Report on sanitation, dispensaries, and jails in Rajputana for 1917, and on vaccination for the year 1917-1918 - 1917-1918
Year: 1917
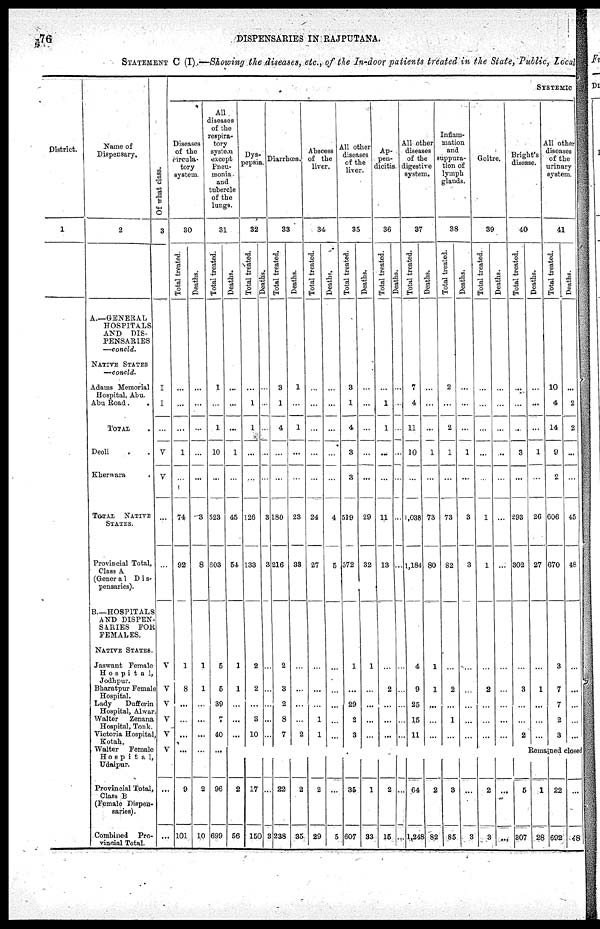
76
DISPENSARIES IN RAJPUTANA.
STATEMENT C (I) —Showing the diseases, etc., of the In-door patients treated in the State, Public, Local
District.
1
Name of
Dispensary.
2
A.—GENERAL
HOSPITALS
AND DIS-
PENSARIES
—concld.
NATIVE STATES
—concld.
Adams Memorial
Hospital, Abu.
Abu Road.
.
TOTAL .
Deoli
Kherwara
TOTAL NATIVE
STATES.
Provincial Total,
Class A
(Genera1 Dis¬
pensaries).
B.—HOSPITALS
AND DISPEN-
SARIES FOR
FEMALES.
NATIVE STATES.
Jaswant Female
Hospital,
Jodhpur.
Bharatpur Female
Hospital.
Lady
Dufferin
Hospital, Alwar
Walter
Zenana
Hospital, Tonk.
Victoria Hospital,
Kotah.
Walter
Female
Hospital,
Udaipur.
Provincial Total,
Class B
(Female Dispen-
saries).
Combined Pro-
vincial Total.
Of what class.
3
I
I
...
V
V
...
...
V
V
V
V
V
V
...
...
SYSTEMIC
Diseases
of the
circula-
tory
system.
30
Total treated.
...
...
...
1
...
74
92
1
8
...
...
...
...
9
101
Deaths.
...
...
...
...
...
3
8
1
1
...
...
...
...
2
10
All
diseases
of the
respira-
tory
system
except
Pneu-
monia
and
tubercle
of the
lungs.
31
Total treated.
1
...
1
10
...
523
603
5
5
39
7
40
...
96
699
Deaths.
...
...
...
1
...
45
54
1
1
...
...
...
...
2
56
Dys¬
pepsia.
32
Total treated.
...
1
1
...
...
126
133
2
2
...
3
10
...
17
150
Deaths.
...
...
...
...
...
3
3
...
...
...
...
...
...
...
3
Diarrbœa.
33
Total treated.
3
1
4
...
...
180
216
2
3
2
8
7
...
22
238
Deaths.
1
...
1
...
...
23
33
...
...
...
...
2
...
2
35
Abscess
of the
liver
34
Total treated.
...
...
...
...
...
24
27
...
...
...
1
1
...
2
29
Deaths.
...
...
...
...
...
4
5
...
...
...
...
...
...
...
5
All other
diseases
of the
liver.
35
Total treated.
3
1
4
3
3
519
572
1
...
29
2
3
...
35
607
Deaths.
...
...
...
...
...
29
32
1
...
...
...
...
...
1
33
Ap¬
pen¬
dicitis.
36
Total treated.
...
1
1
...
...
11
13
...
2
...
...
...
...
2
15
Deaths.
...
...
...
...
...
...
...
...
...
...
...
...
...
...
...
All other
diseases
of the
digestive
system.
37
Total treated.
7
4
11
10
...
1,038
1,184
4
9
25
15
11
...
. 64
1,248
Deaths.
...
...
...
1
...
73
80
1
1
...
...
...
...
2
82
Inflam-
mation
and
suppura-
tion of
lymph
glands.
38
Total treated.
2
...
2
1
...
73
82
...
2
...
1
...
...
3
85
Deaths.
...
...
...
1
...
3
3
...
...
...
...
...
...
...
3
Goitre.
39
Total treated.
...
...
...
...
...
1
1
...
2
...
...
...
...
2
3
Deaths.
...
...
...
...
...
...
...
...
...
...
...
...
...
...
...
Bright's
disease.
40
Total treated.
...
...
...
3
...
293
302
...
3
...
...
2
...
5
307
Deaths.
...
...
...
1
...
26
27
...
1
...
...
...
All other
diseases
of the
urinary
system.
41
Total treated.
10
4
14
9
2
606
670
3
7
7
2
3
Deaths.
...
2
2
...
...
45
48
...
...
...
...
...
Remained closed
1
28
22
692
...
48